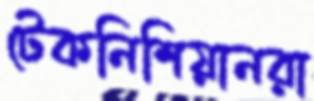
টেকনিশিয়ানরা